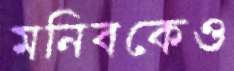
মনিবকেও